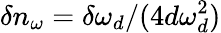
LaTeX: \delta n_{\omega}=\delta\omega_{d}/(4d\omega_{d}^{2})